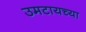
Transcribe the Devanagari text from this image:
उमटायच्या